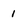
Character: 1